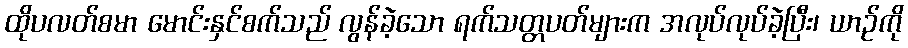
ထိုပလတ်စမာ မောင်းနှင်စက်သည် လွန်ခဲ့သော ရက်သတ္တပတ်များက အလုပ်လုပ်ခဲ့ပြီး၊ ယာဉ်ကို